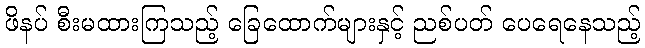
ဖိနပ် စီးမထားကြသည့် ခြေထောက်များနှင့် ညစ်ပတ် ပေရေနေသည့်